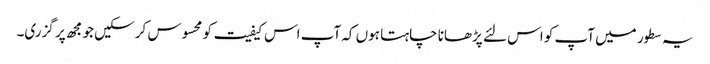
یہ سطور میں آپ کو اس لئے پڑھانا چاہتا ہوں کہ آپ اس کیفیت کو محسوس کر سکیں جو مجھ پر گزری۔